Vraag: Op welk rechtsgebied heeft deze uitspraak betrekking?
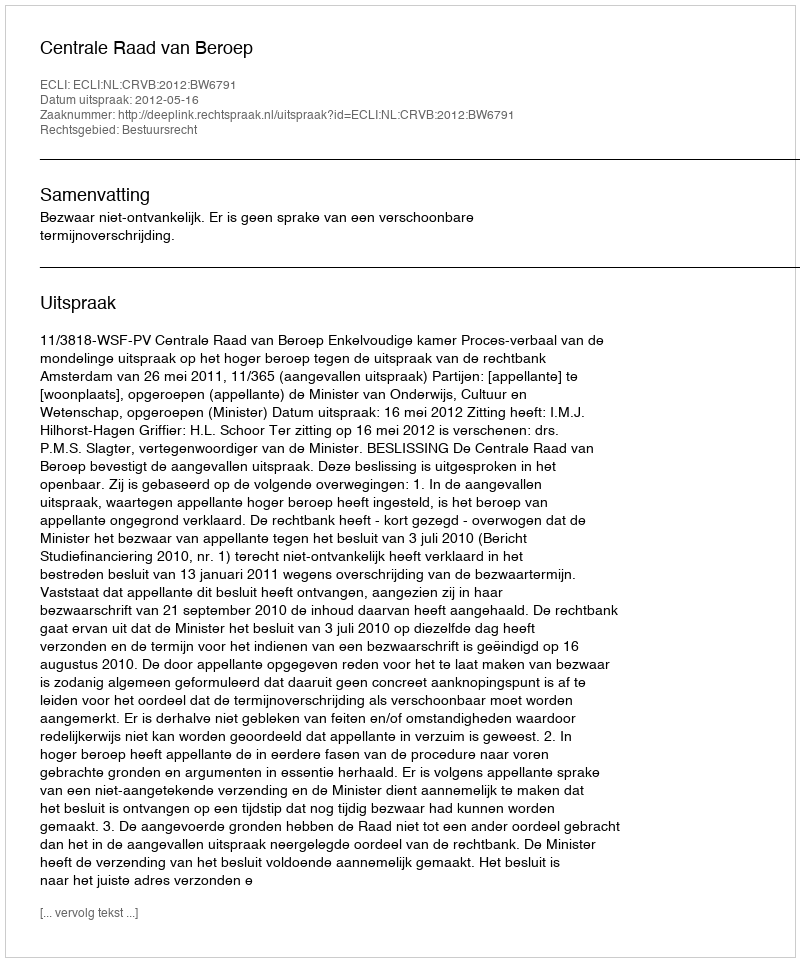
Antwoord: Bestuursrecht